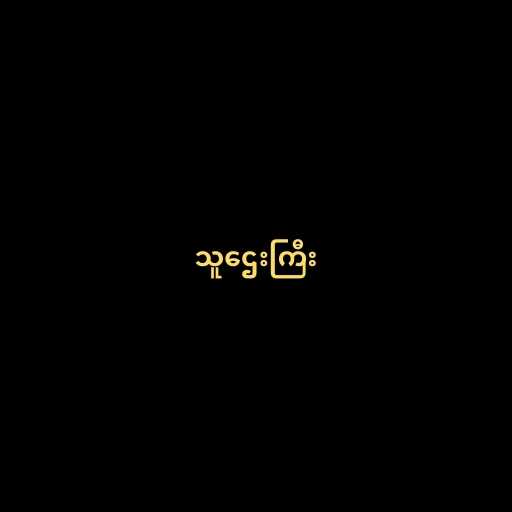
သူဌေးကြီး